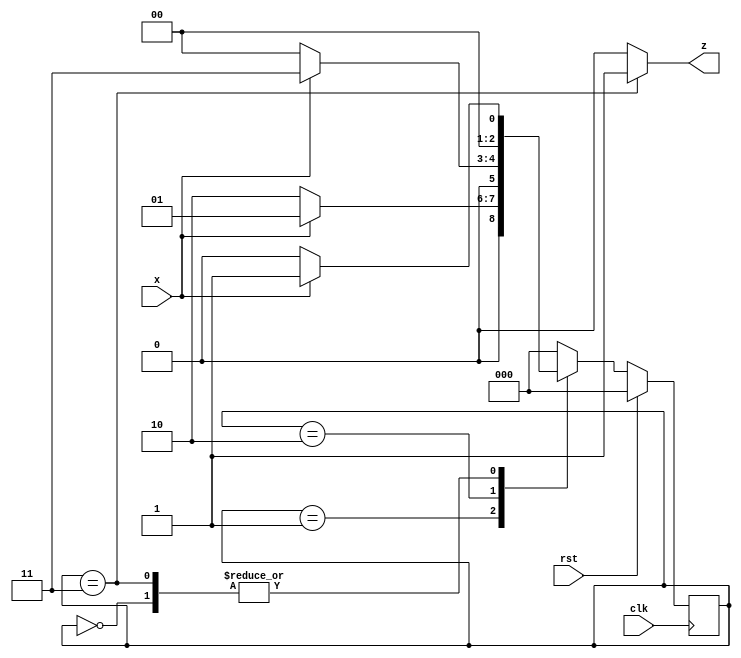
`timescale 1ns / 1ps
//////////////////////////////////////////////////////////////////////////////////
// Company: 
// Engineer: 
// 
// Design Name: 
// Module Name: mealy_11101_non_overlapping_seq
// Project Name: 
// Target Devices: 
// Tool Versions: 
// Description: 
// 
// Dependencies: 
// 
// Revision:
// Revision 0.01 - File Created
// Additional Comments:
// 
//////////////////////////////////////////////////////////////////////////////////


module mealy_101x_non_overlapping_seq(z, clk, rst, x);
  output reg z;
  input clk, rst, x;
  
  reg[2:0] cs, ns;
  
  parameter s0 = 2'b00, s1 = 2'b01, s2 = 2'b10, s3 = 2'b11;
   
  
  always @(posedge clk)
  begin
    if(rst)
      cs <= s0;
    else
      cs <= ns;
  end

  always @(cs, x)
  begin
    case(cs)
    s0:
      begin
        if(x)
          ns <= s1;
        else
          ns <= s0;
      end
    s1:
      begin
        if(x)
          ns <= s1;
        else
          ns <= s2;
      end
    s2:
      begin
        if(x)
          ns <= s3;
        else
          ns <= s0;
      end
    s3:
      begin
        if(x)
          ns <= s1;
        else
          ns <= s0;
      end
    default:
      begin
        ns <= s0;
      end
    endcase      
  end
  
  always @(cs, x)
  begin
    if ( cs == s3 && (x == 1 || x == 0))
      z <= 1;
    else
      z <= 0;
  end    
endmodule